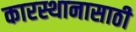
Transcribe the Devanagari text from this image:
कारस्थानासाठी